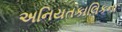
અનિયતકાલિકના